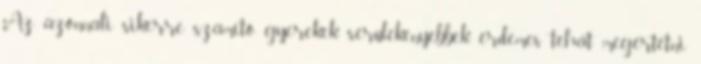
Az azonnali sikerre számító gyerekek sérülékenyebbek, érdemes tehát megértetni